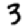
Digit: 3